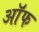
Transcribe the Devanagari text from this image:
ऑॅफ